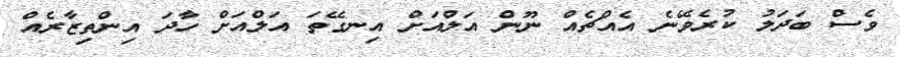
ވެސް ބަދަލު ކުރެވޭނެ އެއްޗެއް ނޫން އަލްއަށް އިނގޭތަ އަލްއަށް ހާދަ އިންތިޒާރެއް